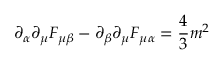
\partial _ { \alpha } \partial _ { \mu } F _ { \mu \beta } - \partial _ { \beta } \partial _ { \mu } F _ { \mu \alpha } = { \frac { 4 } { 3 } } m ^ { 2 }